Annual administration and progress report of the Indian Medical Department, Bombay
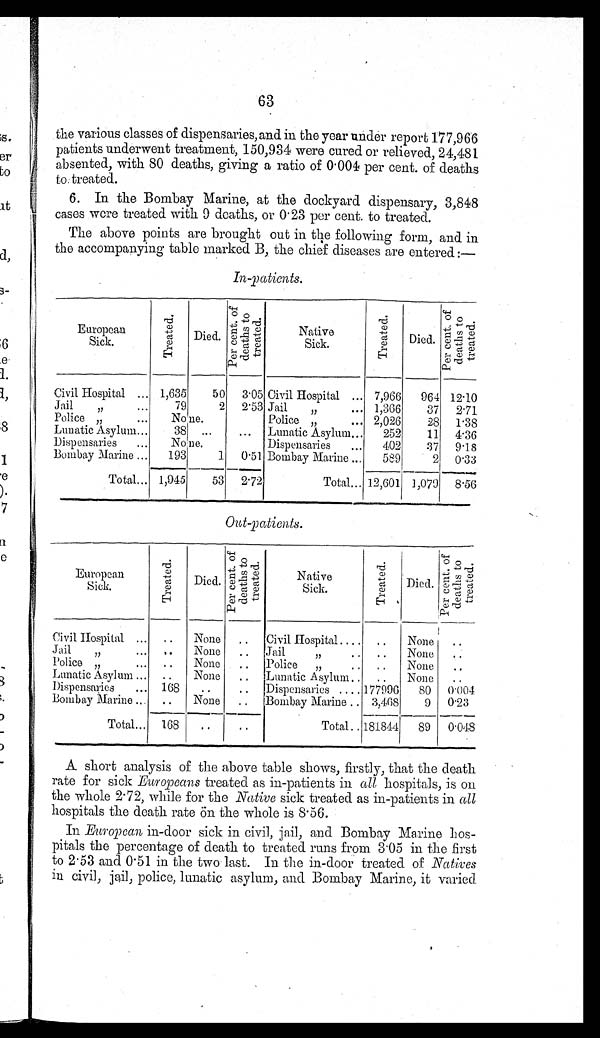
63
the various classes of dispensaries, and in the year under report 177,966
patients underwent treatment, 150,934 were cured or relieved, 24,481
absented, with 80 deaths, giving a ratio of 0 . 004 per cent. of deaths
to treated.
6. In the Bombay Marine, at the dockyard dispensary, 3,848
cases were treated with 9 deaths, or 0.23 per cent. to treated.
The above points are brought out in the following form, and in
the accompanying table marked B, the chief diseases are entered:—
In-patients.
European
Sick .
T r e a t e d .
.
Died.
P e r c e n t . o f d e a t h s t o t r e a t e d .
Native
Sick.
T r e a t e d .
Died.
P e r c e n t . o f d e a t h s t o t r e a t e d .
Civil Hospital ... 1,635
50
3 . 05 Civil Hospital ... 7,966
964 12.10
Jail
„
...
79
2
2 . 53 Jail
„
... 1,366
37
2.71
Police „
...
N o n e .
Police
„
... 2,026
28
1.38
Lunatic Asylum...
38 ...
...
Lunatic Asylum...
252
11
4.36
Dispensaries
...
N o n e .
Dispensaries
...
402
37
9.18
Bombay Marine ...
193
1
0 . 51 Bombay Marine ...
589
2 0.33
Total... 1,945
5 3
2. 72
Total... 12,601 1,079
8.56
Out-patients.
European
Sick.
T r e a t e d . Died.
P e r c e n t . o f d e a t h s t o t r e a t e d .
Native
Sick.
T r e a t e d .
Died.
P e r c e n t . o f d e a t h s t o t r e a t e d .
Civil Hospital ...
None
. .
Civil Hospital ....
..
None
..
Jail
„
...
. . None
..
Jail
„
..
..
None
..
Police „
...
. . None
. .
Police
„
. .
..
None
..
Lunatic Asylum ...
. . None
..
Lunatic Asylum. .
..
None
..
Dispensaries
... 168
..
..
Dispensaries
..
. 177996
80
0.004
Bombay Marine ...
. . None
..
Bombay Marine .. . 3,468
9
0.23
Total...
1 6 8
. .
..
Total. . 181844
89
0.048
A short analysis of the above table shows, firstly, that the death
rate for sick Europeans treated as in-patients in all hospitals, is on
the whole 2 . 72, while for the Native sick treated as in-patients in all
hospitals the death rate ön the whole is 8.56.
In European in-door sick in civil, jail, and Bombay Marine hos-
pitals the percentage of death to treated runs from 3 . 05 in the first
to 2.53 and 0 . 51 in the two last. In the in-door treated of Natives
in civil, jail, police, lunatic asylum, and Bombay Marine, it varied